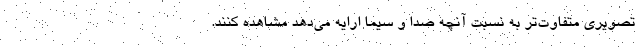
تصویری متفاوت‌تر به نسبت آنچه صدا و سیما ارایه می‌دهد مشاهده کنند.